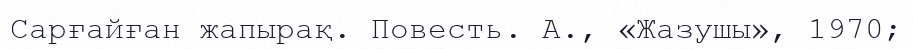
Сарғайған жапырақ. Повесть. А., «Жазушы», 1970;